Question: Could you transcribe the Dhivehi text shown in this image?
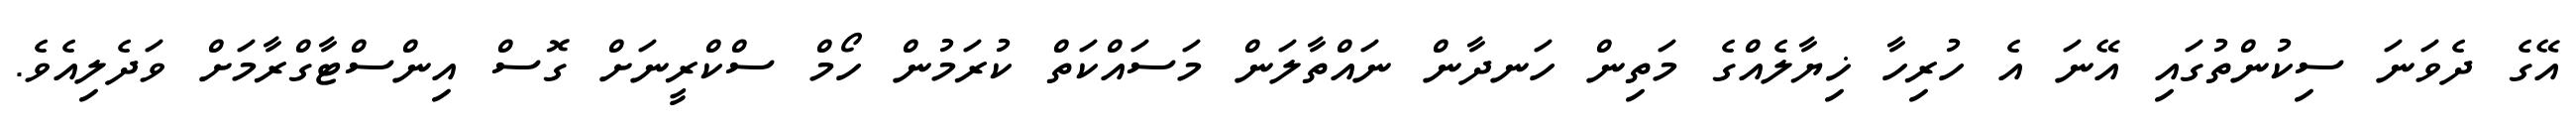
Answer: އޭގެ ދެވަނަ ސިކުންތުގައި އޭނަ އެ ހުރިހާ ޚިޔާލެއްގެ މަތިން ހަނދާން ނައްތާލަން މަސައްކަތް ކުރަމުން ހޯމް ސްކްރީނަށް ގޮސް އިންސްޓާގްރާމަށް ވަދެލިއެވެ.